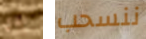
لدي ننسحب